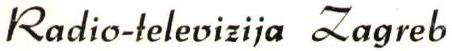
Radio-televizija Zagreb